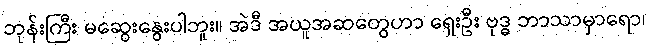
ဘုန်းကြီး မဆွေးနွေးပါဘူး။ အဲဒီ အယူအဆတွေဟာ ရှေးဦး ဗုဒ္ဓ ဘာသာမှာရော၊